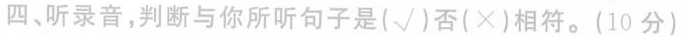
四、听录音,判断与你所听句子是(√)否(×)相符。(10 分)